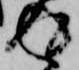
返